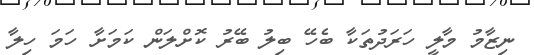
ނިޒާމު މާލީ ހަރަދުތަކާ ބެހޭ ބިލު ބޭރު ކޮށްލަން ކަމަށާ ހަމަ ހިލާ